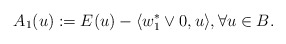
\begin{align*}A_1(u):=E(u)-\langle w_1^*\lor 0, u\rangle, \forall u\in B.\end{align*}